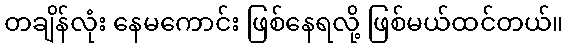
တချိန်လုံး နေမကောင်း ဖြစ်နေရလို့ ဖြစ်မယ်ထင်တယ်။